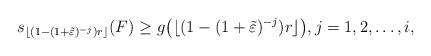
\begin{align*}s_{\lfloor(1-(1+\tilde\varepsilon)^{-j})r\rfloor}(F)\geq g\big(\lfloor(1-(1+\tilde\varepsilon)^{-j})r\rfloor\big),j=1,2,\dots,i,\end{align*}